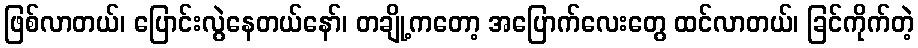
ဖြစ်လာတယ်၊ ပြောင်းလွဲနေတယ်နော်၊ တချို့ကတော့ အပြောက်လေးတွေ ထင်လာတယ်၊ ခြင်ကိုက်တဲ့